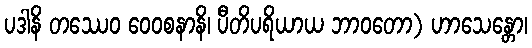
ပဒါနိ တဿေဝ ဝေဝစနာနိ၊ ပီတိပရိယာယ ဘာဝတော) ဟာသေန္တော၊